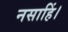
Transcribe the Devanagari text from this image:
नसाहिं।